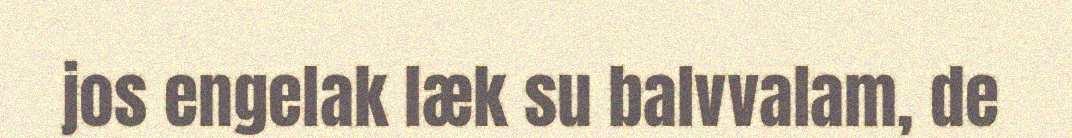
jos engelak læk su balvvalam, de